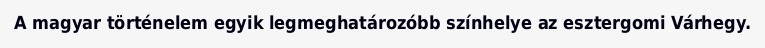
A magyar történelem egyik legmeghatározóbb színhelye az esztergomi Várhegy.